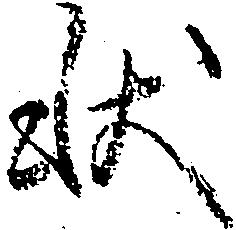
状